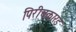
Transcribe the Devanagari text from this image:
पिरीचकारड